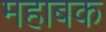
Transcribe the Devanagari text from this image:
महाबक